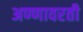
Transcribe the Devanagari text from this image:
अण्णावरती